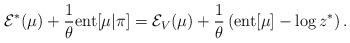
LaTeX: \begin{align*} \mathcal{E}^{*} (\mu) + \frac{1}{\theta} {\rm ent}[\mu | \pi] = \mathcal{E}_{V} (\mu) +\frac{1}{\theta} \left( {\rm ent}[\mu] - \log z^{*} \right).\end{align*}